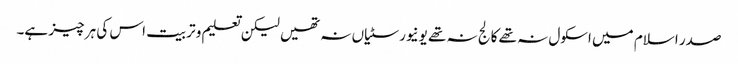
صدر اسلام میں اسکول نہ تھے کالج نہ تھے یونیورسٹیاں نہ تھیں لیکن تعلیم و تربیت اس کی ہر چیز ہے۔